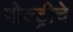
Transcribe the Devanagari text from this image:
पोल्ट्रीचे